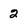
Character: 2